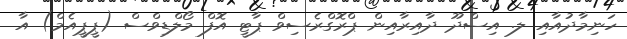
ހަނިމާދުއާއި ލ. އިސްދޫ ދާއިރާއިން ޕްރޮގްރެސިވް ޕާޓީ އޮފް މޯލްޑިވްސް (ޕީޕީއެމް) އާ